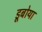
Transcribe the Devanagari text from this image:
डूबोया